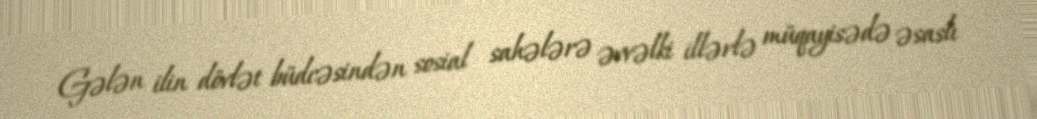
Gələn ilin dövlət büdcəsindən sosial sahələrə əvvəlki illərlə müqayisədə əsaslı